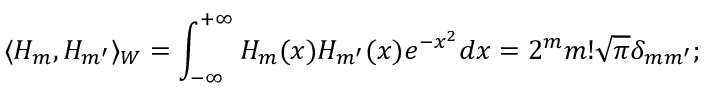
\langle H _ { m } , H _ { m ^ { \prime } } \rangle _ { W } = \int _ { - \infty } ^ { + \infty } H _ { m } ( x ) H _ { m ^ { \prime } } ( x ) e ^ { - x ^ { 2 } } d x = 2 ^ { m } m ! \sqrt { \pi } \delta _ { m m ^ { \prime } } ;